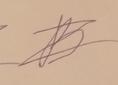
Signature authenticity: forged